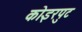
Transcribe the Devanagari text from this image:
कोइरपुट